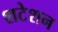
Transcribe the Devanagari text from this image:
शटेशन